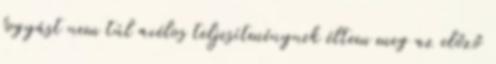
fogyást nem túl acélos teljesítménynek éltem meg az előző